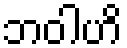
ဘဝါဟိ